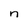
Character: n